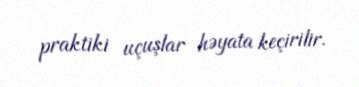
praktiki uçuşlar həyata keçirilir.